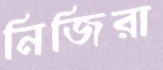
নিজিরা